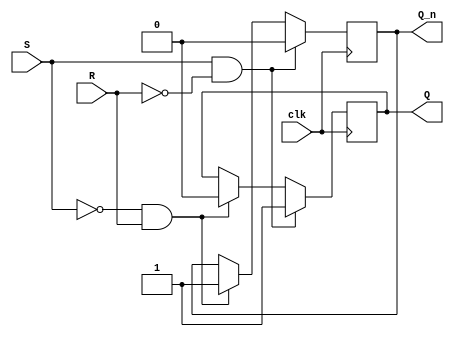
module Gated_SR_FF (
    input wire S, // Set input
    input wire R, // Reset input
    input wire clk, // Clock input
    output reg Q, // Output
    output reg Q_n // Inverse output
);

always @(posedge clk) begin
    if (S && !R) begin
        Q <= 1; // Set to 1
        Q_n <= 0; 
    end else if (!S && R) begin
        Q <= 0; // Reset to 0
        Q_n <= 1;
    end else if (!S && !R) begin
        // Maintain current state
    end
end

endmodule